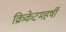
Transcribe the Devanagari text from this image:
क्रिकेटमहर्षी